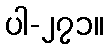
ပါ-၂၇၁။